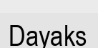
Dayaks